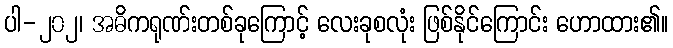
ပါ-၂၀၂၊ အဓိကရုဏ်းတစ်ခုကြောင့် လေးခုစလုံး ဖြစ်နိုင်ကြောင်း ဟောထား၏။